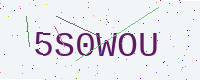
Text: 5S0WOU